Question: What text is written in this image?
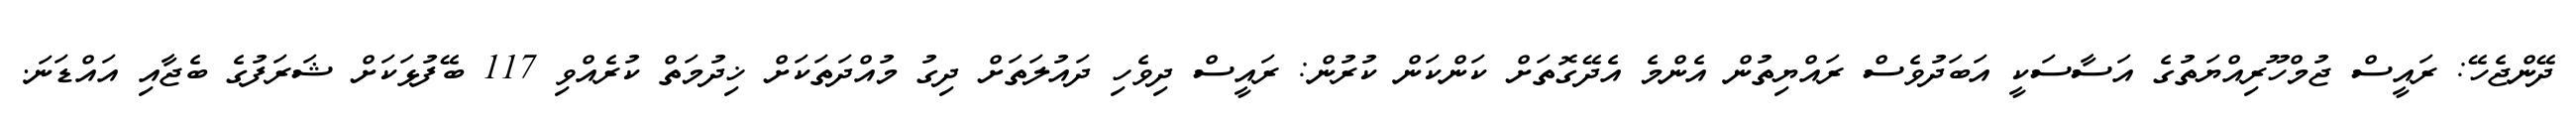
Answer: ދޭންޖެހޭ: ރައީސް ޖުމްހޫރިއްޔަތުގެ އަސާސަކީ އަބަދުވެސް ރައްޔިތުން އެންމެ އެދޭގޮތަށް ކަންކަން ކުރުން: ރައީސް ދިވެހި ދައުލަތަށް ދިގު މުއްދަތަކަށް ޚިދުމަތް ކުރެއްވި 117 ބޭފުޅަކަށް ޝަރަފުގެ ބެޖާއި އައްޑަނަ.